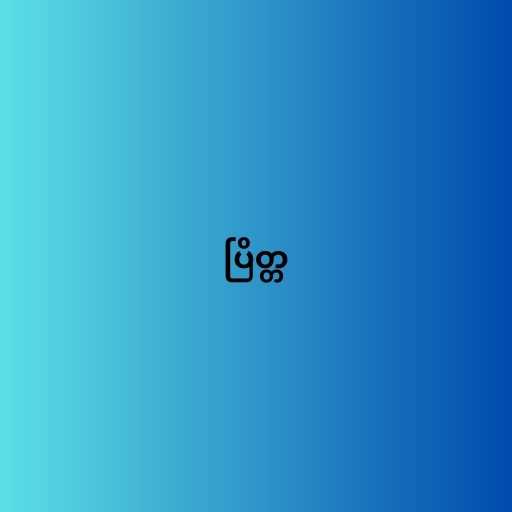
ပြိတ္တ